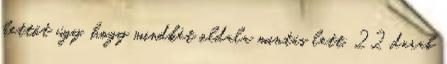
kettőt úgy, hogy mindkét oldala mintás lett. 22 darab